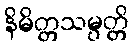
နိမိတ္တသမ္ပတ္တိ